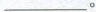
___。